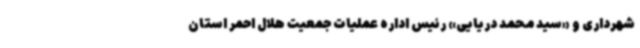
شهرداری و «سید محمد دریایی» رئیس اداره عملیات جمعیت هلال احمر استان